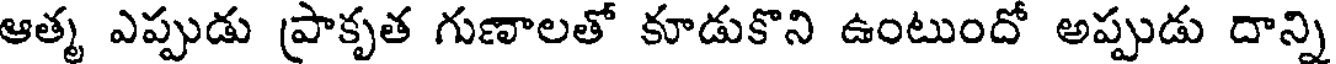
ఆత్మ ఎప్పుడు (పాకృత గుణాలతో కూడుకొని ఉంటుందో అప్పుడు దాన్ని